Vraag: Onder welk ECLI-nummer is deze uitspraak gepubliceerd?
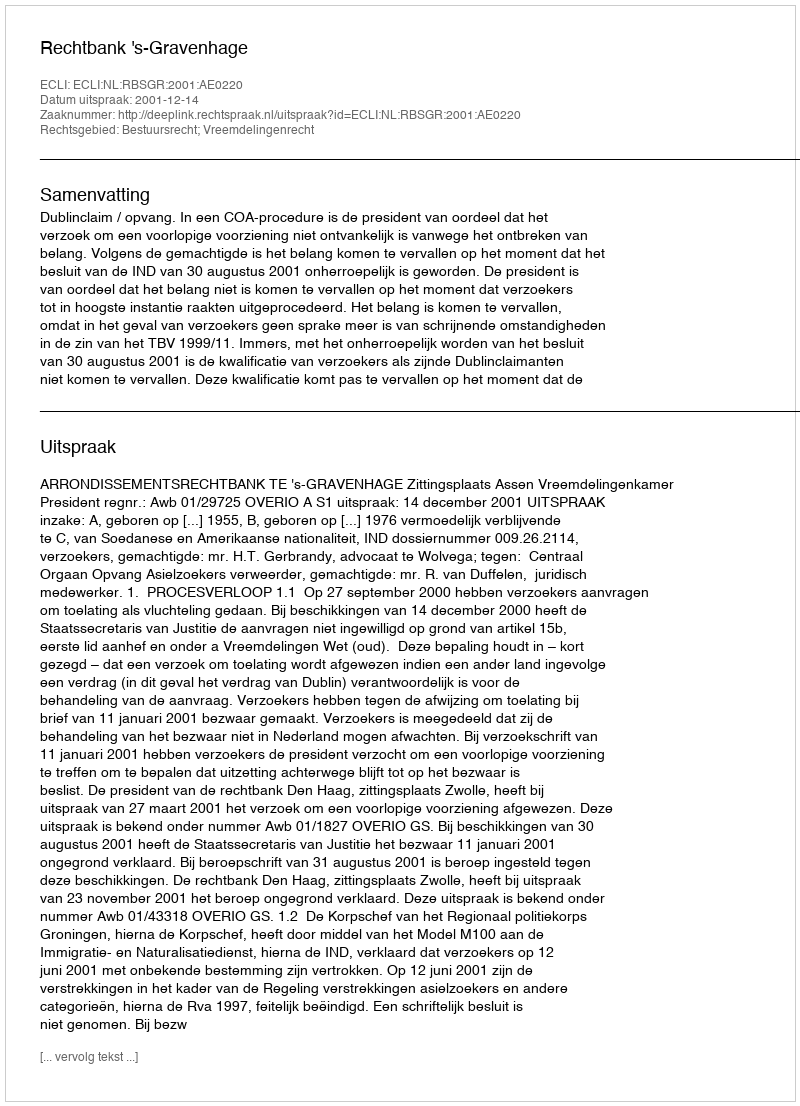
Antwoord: ECLI:NL:RBSGR:2001:AE0220